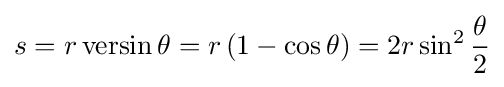
s=r\operatorname {versin} \theta =r\left(1-\cos \theta \right)=2r\sin ^{2}{\frac {\theta }{2}}